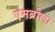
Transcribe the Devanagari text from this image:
एमब्रोला